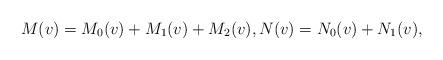
LaTeX: \begin{align*} M(v)=M_{0}(v)+M_{1}(v)+M_{2}(v),N(v)=N_{0}(v)+N_{1}(v),\end{align*}